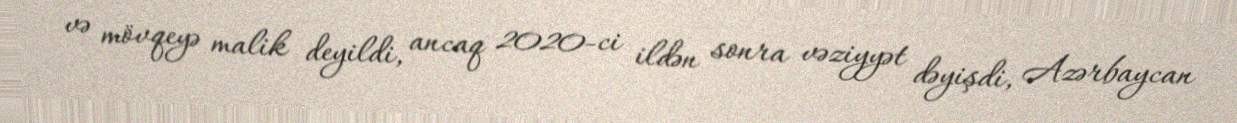
və mövqeyə malik deyildi, ancaq 2020-ci ildən sonra vəziyyət dəyişdi, Azərbaycan